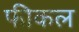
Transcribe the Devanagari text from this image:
फीकल